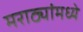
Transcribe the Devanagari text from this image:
मराठ्यांमध्ये